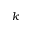
k